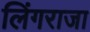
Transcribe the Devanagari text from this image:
लिंगराजा